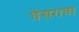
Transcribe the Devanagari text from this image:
घेसराचा